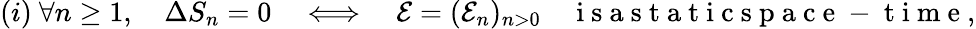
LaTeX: (i)\ \forall n\geq 1,\quad\Delta S_{n}=0\quad\Longleftrightarrow\quad{\mathcal E}=({\mathcal E_{n}})_{n>0}\quad\mathrm{~i~s~a~s~t~a~t~i~c~s~p~a~c~e~-~t~i~m~e~},